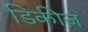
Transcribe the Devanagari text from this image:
डिकीज़